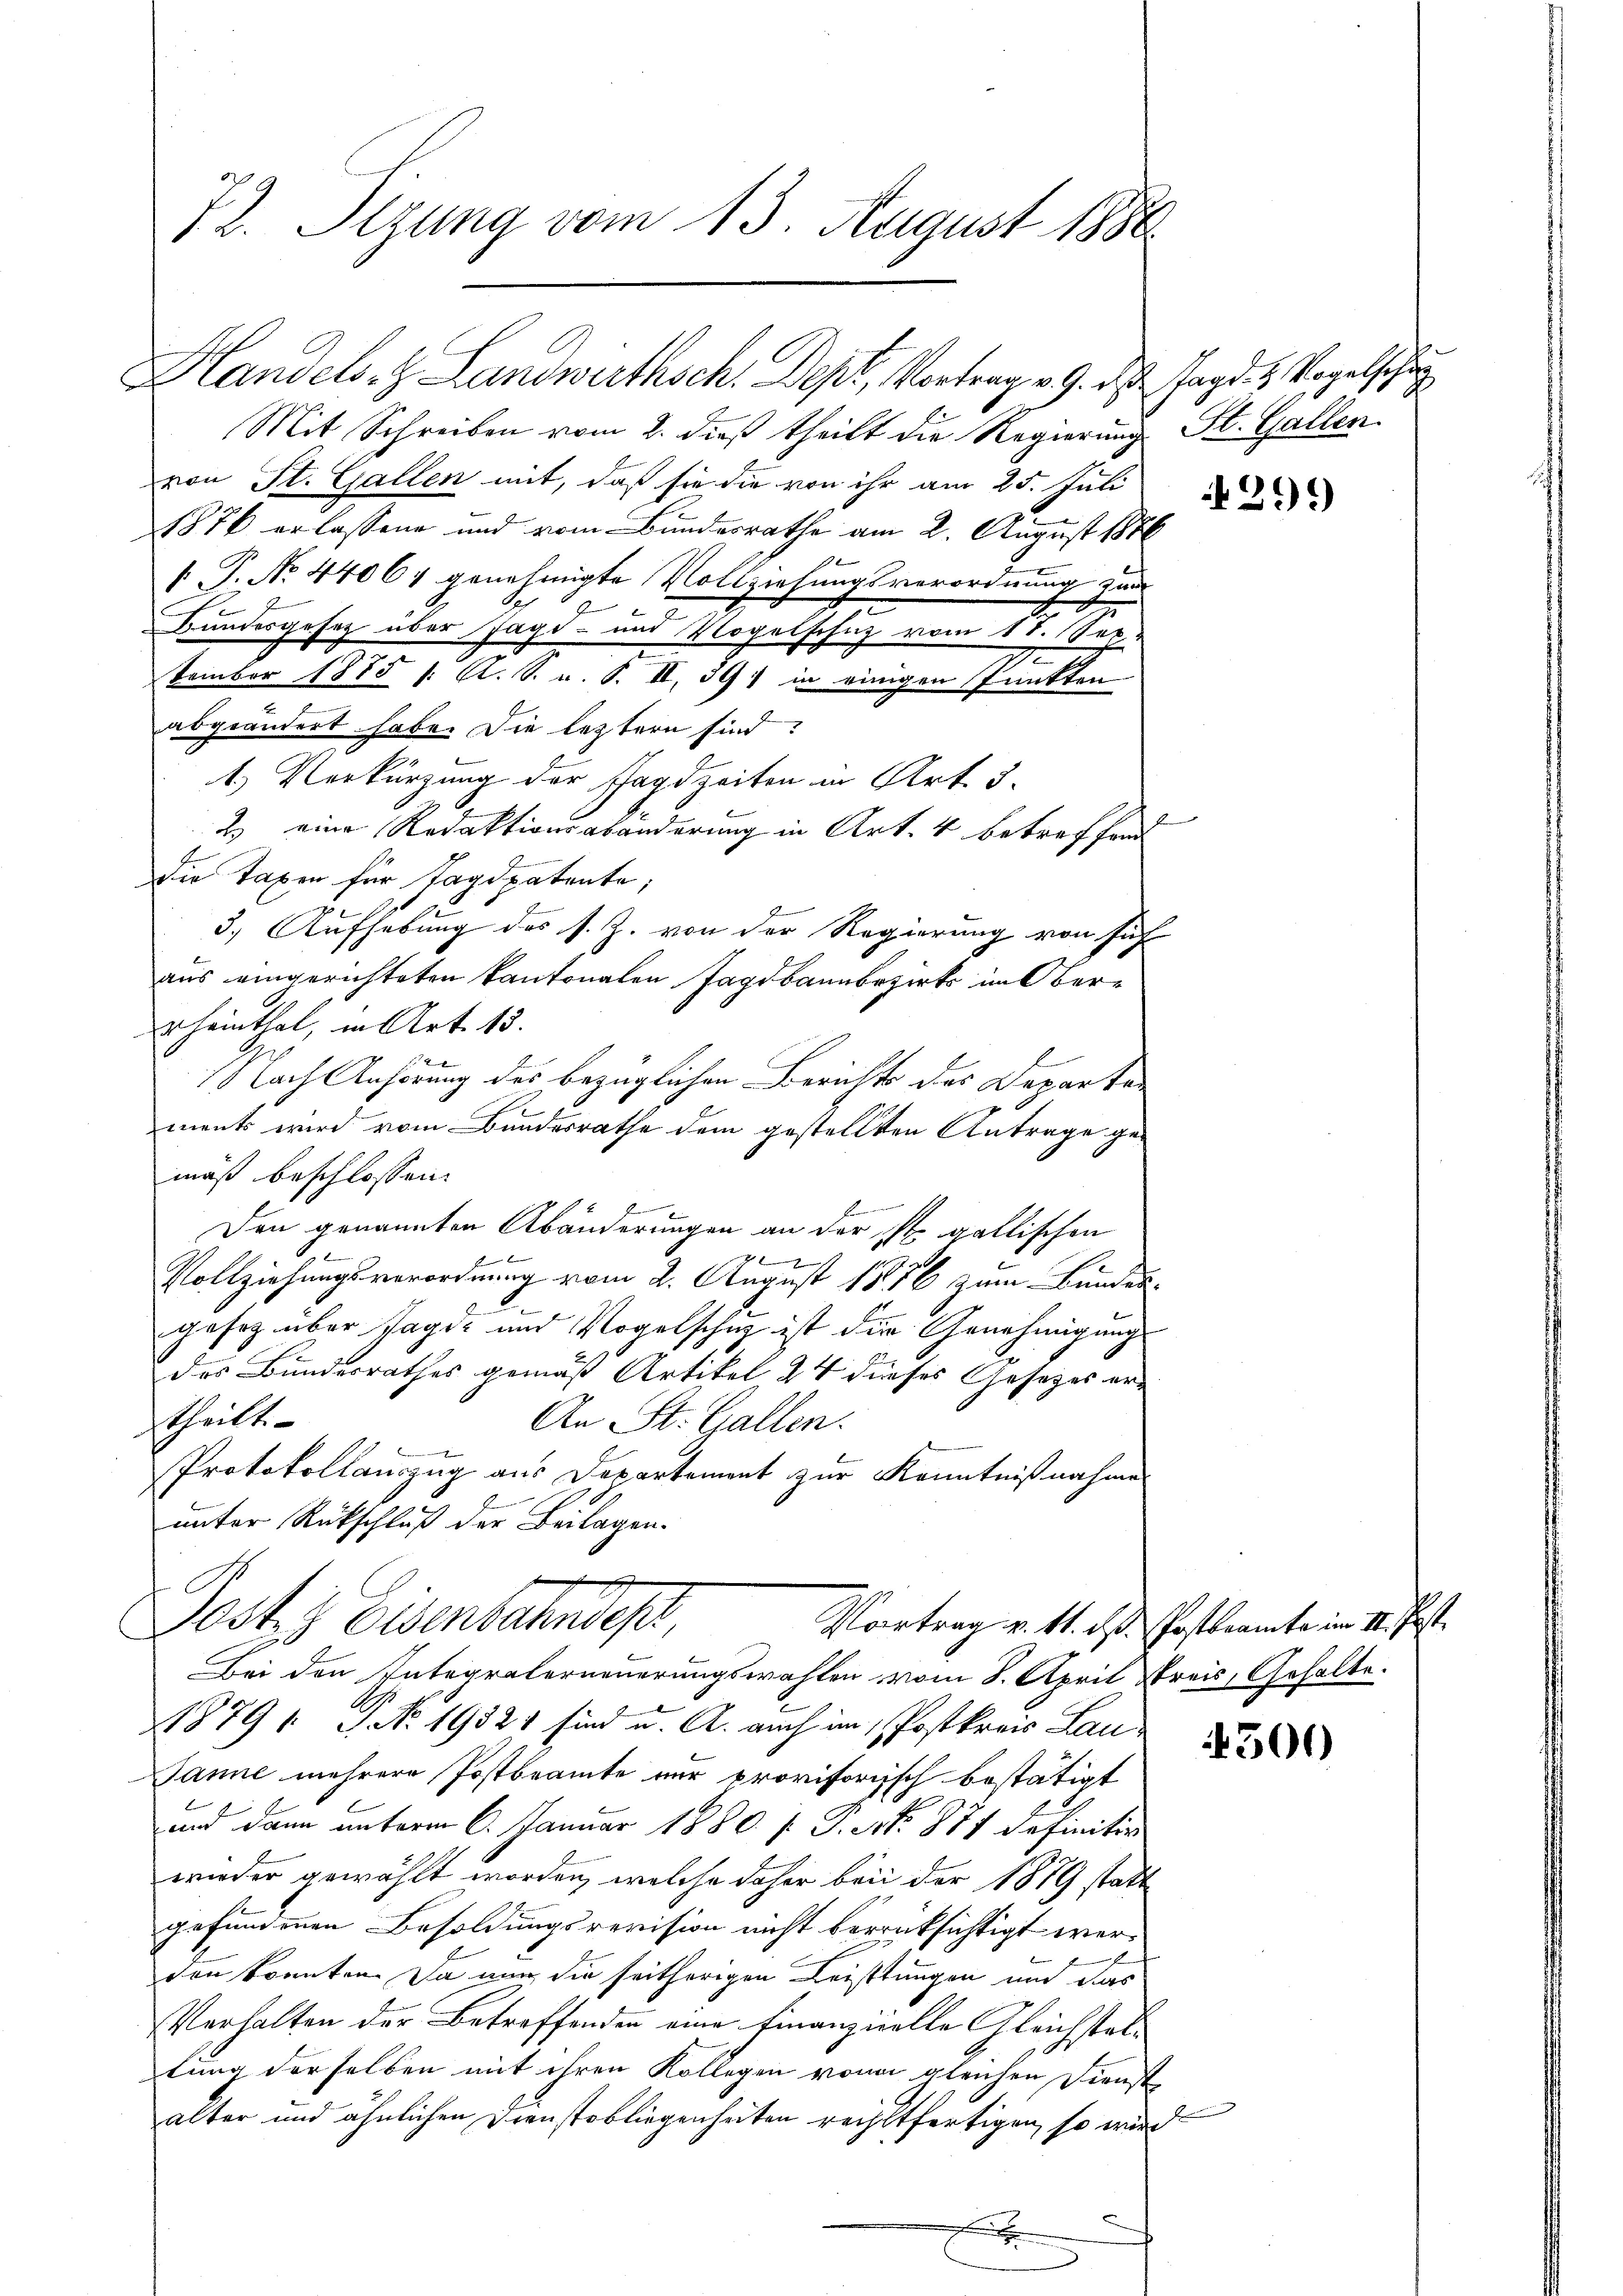
72. Sizung vom 13. August 1880

Mit Schreiben vom 2. dieß theilt die Regierung St. Gallen
von St. Gallen mit, daß sie die von ihr am 25. Juli
1876 erlassene und vom Bundesrathe am 2. August 1886
1
V. P. No. 44064 genehmigte Vollziehungsverordnung zum
2
c
Bundesgesetz über Jagd- und Vogelschutz vom 11. Sep
2
tember 1875 /: A. S. v. S. II, 391 in einigen Punkten
abgeändert habe. Die leztern sind:
1.) Verkürzung der Jagdzeiten in Art. 5.
2.) eine Redaktionsabänderung in Art. 4 betreffend
die Taxen für Tagspatente,
3. Aufhebung des s. Z. von der Regierung von sich
aus eingerichteten Kantonalen Jagdbann bezirks im Ober¬
Rheinthal, in Art. 13.
x
79 Nach Anhörung des bezüglichen Berichts des Departa-
ments wird vom Bundesrathe dem gestellten Antrage gemäß beschlossen:
Den genannten Abänderungen an der ist. gallischen
Vollziehungsverordnung vom 2. August 1856 zum Bundesgesag über Jagd- und Vogelschutz ist die Genehmigung
des Bundesrathes gemäß Artikel 24 dieses Gesetzes ertheilt.
An St. Gallen.
Protokollauszug aus Departement zur Kenntnißnahme
unter Rückschluß der Beilagen.
Josts Eisenbahndep
Vortrag v. Mt. des Postbeamte im II. Pest
Bei den Integralerneuerungswahlen vom 8. April Streis, Gehalte
1879 ( P No. 19321 sind u. A. auch im Postkreis Lau
Janne mehrere Postbeamte nur provisorisch bestätigt
und dann unterm 6. Januar 1880 f. P. No. 871 definitio
wieder gewählt worden, welche daher bei der 1879 statt
gefundenen Besoldungsrevision nicht verrücksichtigt werden konnten. Da nun die seitherigen Leistungen und das
Verhalten der Betreffenden eine Finanzielle Gleichstaltung derselben mit ihren Kollegen von gleichen Dienst
alter und ähnlichen Dienstobliegenheiten rechtfertigen, so wird
.

Handels. Landwirthsch. Depl, Vortragen 9. ds. ad 1. Vogelsch